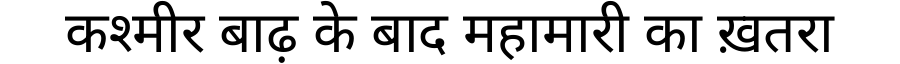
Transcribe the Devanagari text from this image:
कश्मीर बाढ़ के बाद महामारी का ख़तरा